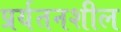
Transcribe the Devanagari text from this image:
प्रर्यतनशील